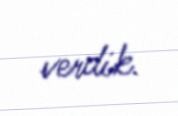
verdik.